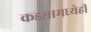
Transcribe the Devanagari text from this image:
कड्यामध्येही